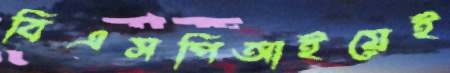
বিএসপিআইয়েই